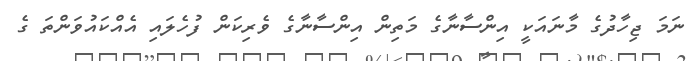
ނަމަ ޖިހާދުގެ މާނައަކީ އިންސާނާގެ މަތިން އިންސާނާގެ ވެރިކަން ފުހެލައި އެއްކައުވަންތަ ގެ